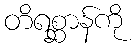
တိရစ္ဆာန်ကို